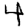
Digit: 4